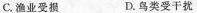
C.渔业受损 D.鸟类受干扰